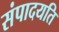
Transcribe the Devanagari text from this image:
संपादयति